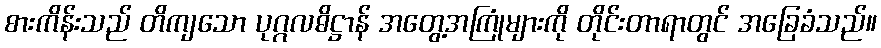
စားကိန်းသည် တိကျသော ပုဂ္ဂလဓိဋ္ဌာန် အတွေ့အကြုံများကို တိုင်းတာရာတွင် အခြေခံသည်။